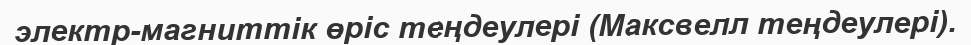
электр-магниттік өріс теңдеулері (Максвелл теңдеулері).